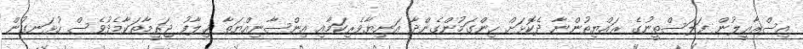
އިސްރާއީލުން ފަލަސްތީނުގެ ރައްޔިތުންނާ ދެކޮޅަށް ހިންގަމުންގެންދާ އަނިޔާވެރިކަމާއި އިންސާނިއްޔަތާ ޚިލާފު ޖަރީމާތަކާމެދުވެސް ހުޅަނގުން